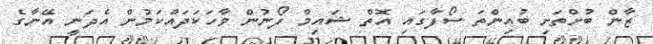
ޒާން ބުށްތަށި ބުއިންތަ ސޯފާގައި އޮތް ޝައިމް ފޯނުން ވާހަކަދައްކަމުން އެދަނީ އޭނާގެ